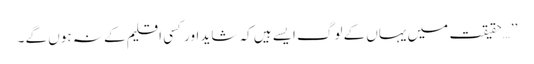
’’…حقیقت میں یہاں کے لوگ ایسے ہیں کہ شاید اور کسی اقلیم کے نہ ہوں گے ۔